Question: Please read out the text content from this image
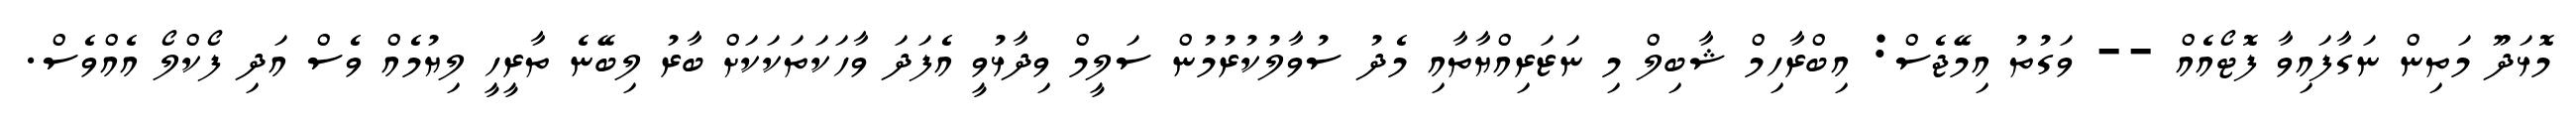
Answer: މޮޅަދޫ މަތިން ނަގާފައިވާ ފޮޓޯއެއް -- ވަގުތު އިމޭޖެސް: އިބްރާހިމް ޝާބިލް މި ނަޒަރިއްޔާތާއި މެދު ސުވާލުކުރުމުން ސަލީމް ވިދާޅުވީ އެފަދަ ވާހަކަތަކަކަށް ބާރު ލިބޭނެ ތާރީހީ ލިޔުމެއް ވެސް އަދި ފޯކްލޯ އެއްވެސް.